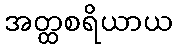
အတ္ထစရိယာယ